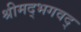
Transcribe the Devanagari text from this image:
श्रीमद्भगवद्